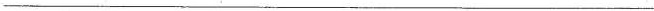
___